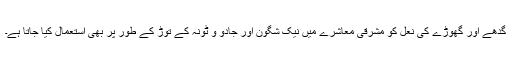
گدھے اور گھوڑے کی نعل کو مشرقی معاشرے میں نیک شگون اور جادو و ٹونہ کے توڑ کے طور پر بھی استعمال کیا جاتا ہے۔